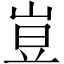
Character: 𡸈